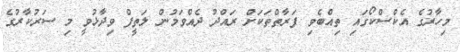
މިހާރުގެ އެކްސްކޯގައި ތިއްބެވި ފަރާތްތަކަށް ރައްދު ދެއްވަމުން ލަތީފް ވިދާޅުވީ މި ސަރުކާރުގެ